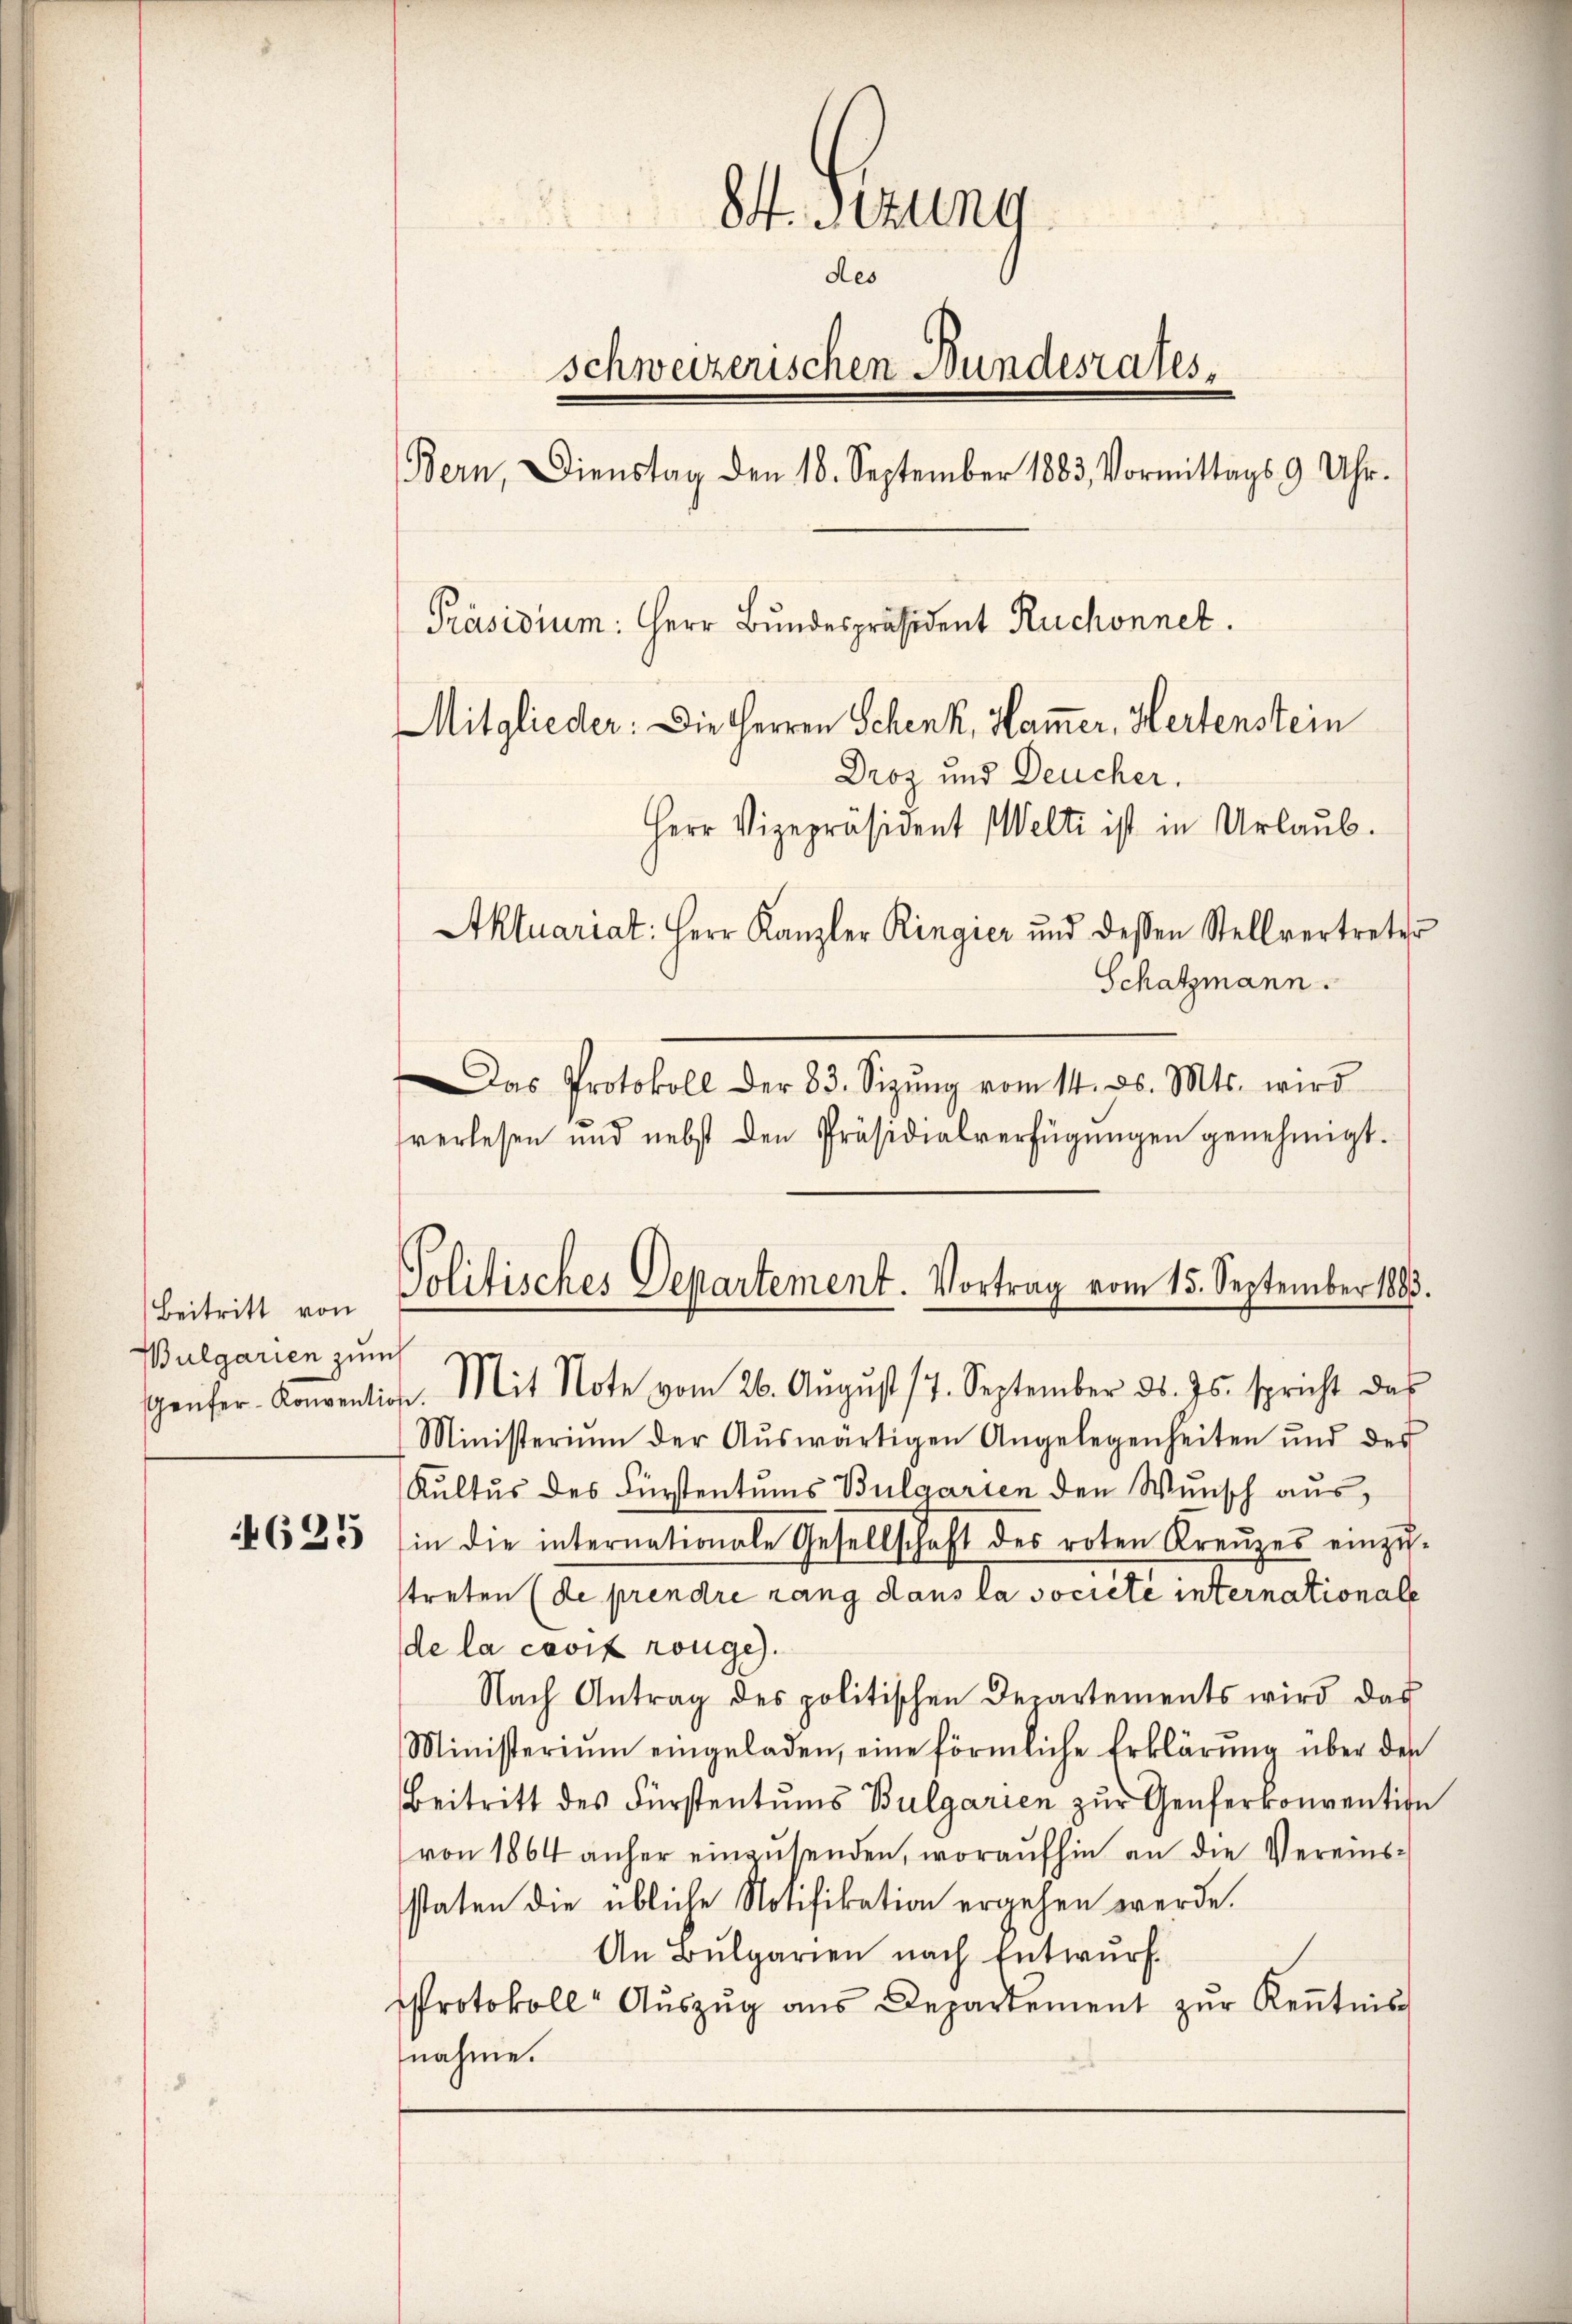
Beitritt von
Bulgarien zum

4625

S. Sitzung
des
schweizerischen Bundesrates,
Bern, Dienstag den 18. September 1883, Vormittags 9 Uhr.
Präsidium: Herr Bundespräsident Ruchonnet.
Mitglieder: Die Herren Schenk, Ham̅er, Hertenstein
Droz und Deucher.
Herr Vizepräsident Welti ist in Urlaub.
Aktuariat: Herr Kanzler Ringier und dessen Stellvertreter

Schatzmann.
Das Protokoll der 83. Sizŭng vom 14. ds. Mts. wird
fverlesen und nebst den Präsidialverfügŭngen genehmigt.
Ministerium der Aŭswärtigen Angelegenheiten und des
Kultus des Fürstentums Bulgarien den Wunsch aus,
in die internationale Gesellschaft des roten Kreŭzes einzŭ-
streten (de prendre rang dans la societe internationale
de la cavis rouge.
Nach Antrag des politischen Departements wird das
Ministeriŭm eingeladen, eine förmliche Erklärŭng über den
Beitritt des Fürstentums Bulgarien zŭr Genferkonvention
von 1864 anher einzusenden, woraufhin an die Vereinsstaten die übliche Notifikation ergehen werde.
An Bulgarien nach Entwurf
Protokoll Aŭszŭg ans Departement zŭr Keṅtnis
nahme.

Politisches Departement. Vortrag vom 15. September 1883.
eŭfer-Konventiose. Mit Note vom 26. Aŭgŭst 17. September ds. Js. spricht das